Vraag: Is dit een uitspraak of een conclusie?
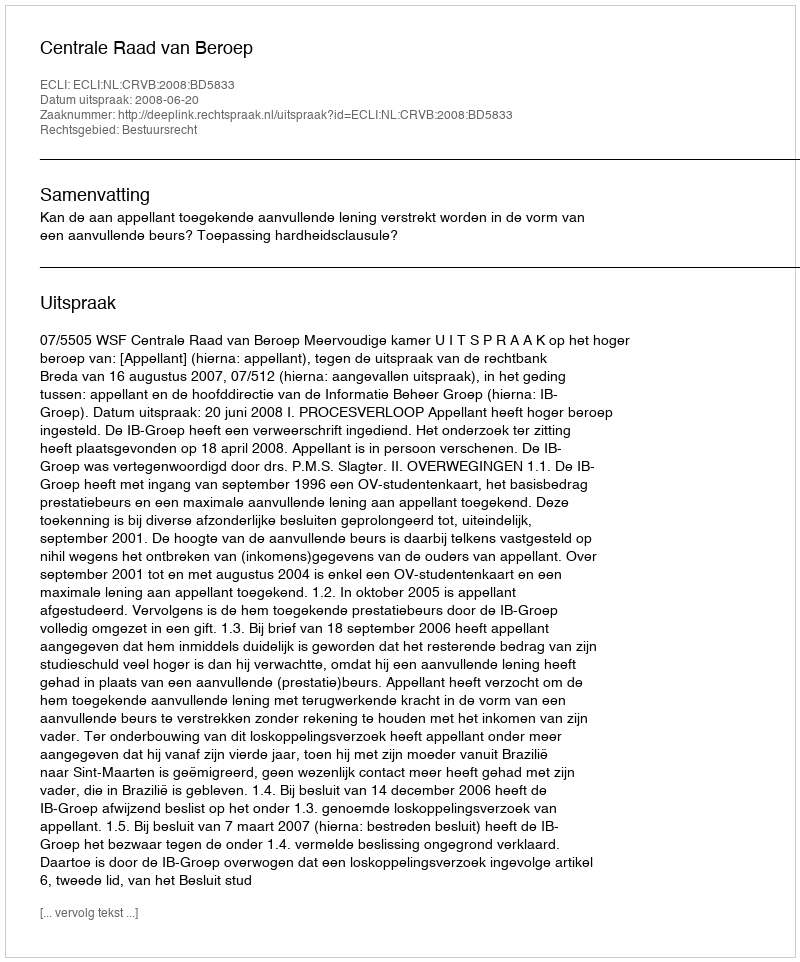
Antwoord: Uitspraak